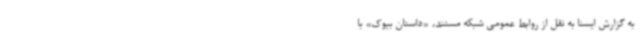
به گزارش ایسنا به نقل از روابط عمومی شبکه مستند، «داستان بیوک» با